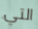
التي